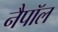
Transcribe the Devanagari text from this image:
नैपॉल